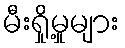
မီးရှို့မှုများ